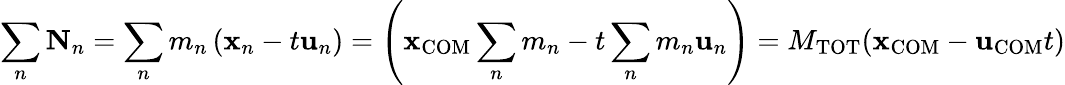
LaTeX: \sum_{n}\mathbf{N}_{n}=\sum_{n}m_{n}\left(\mathbf{x}_{n}-t\mathbf{u}_{n}\right)=\left(\mathbf{x}_{\mathrm{COM}}\sum_{n}m_{n}-t\sum_{n}m_{n}\mathbf{u}_{n}\right)=M_{\mathrm{TOT}}(\mathbf{x}_{\mathrm{COM}}-\mathbf{u}_{\mathrm{COM}}t)